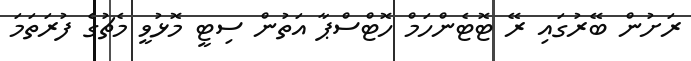
ރަށުން ބޭރުގައި ރޭ ޓޮޓެންހަމް ހޮޓްސްޕާ އަތުން ސިޓީ މޮޅުވީ މެޗުގެ ފުރަތަމަ